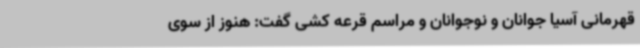
قهرمانی آسیا جوانان و نوجوانان و مراسم قرعه کشی گفت: هنوز از سوی